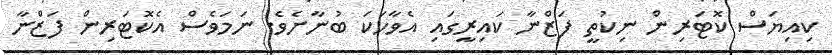
ކިއިޔަސް ކޮޓަރިން ނިކުތީ ފަޒްނާ ކައިރީގައި އެވާހަކަ ބުނާށެވެ. ނަމަވެސް އެކޮޓަރިން ފަޒްނާ